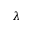
\lambda